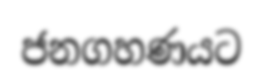
ජනගහණයට